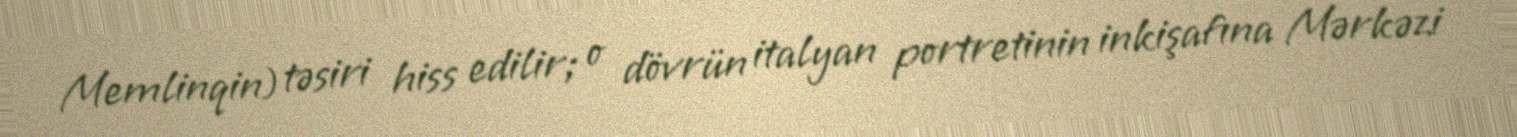
Memlinqin) təsiri hiss edilir; o dövrün italyan portretinin inkişafına Mərkəzi